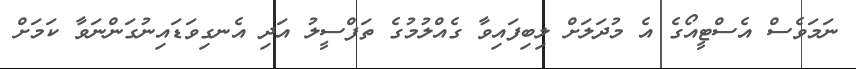
ނަމަވެސް އެސްޓީއޯގެ އެ މުދަލަށް ލިބިފައިވާ ގެއްލުމުގެ ތަފްސީލު އަދި އެނގިވަޑައިނުގަންނަވާ ކަމަށް